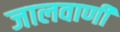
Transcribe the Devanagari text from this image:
जालवाणी